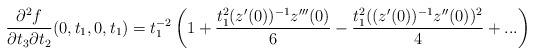
LaTeX: \begin{align*}\frac{\partial^2f}{\partial t_3\partial t_2}(0,t_1,0,t_1)=t_1^{-2}\left(1+\frac{t_1^2(z'(0))^{-1}z'''(0)}{6}-\frac{t_1^2((z'(0))^{-1}z''(0))^2}{4}+...\right)\end{align*}